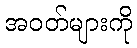
အဝတ်များကို